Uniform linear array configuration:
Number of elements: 24
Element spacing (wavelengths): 0.75
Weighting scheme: binomial
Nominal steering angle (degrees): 30
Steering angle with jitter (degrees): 30.727
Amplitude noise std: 0.05
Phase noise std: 0.05

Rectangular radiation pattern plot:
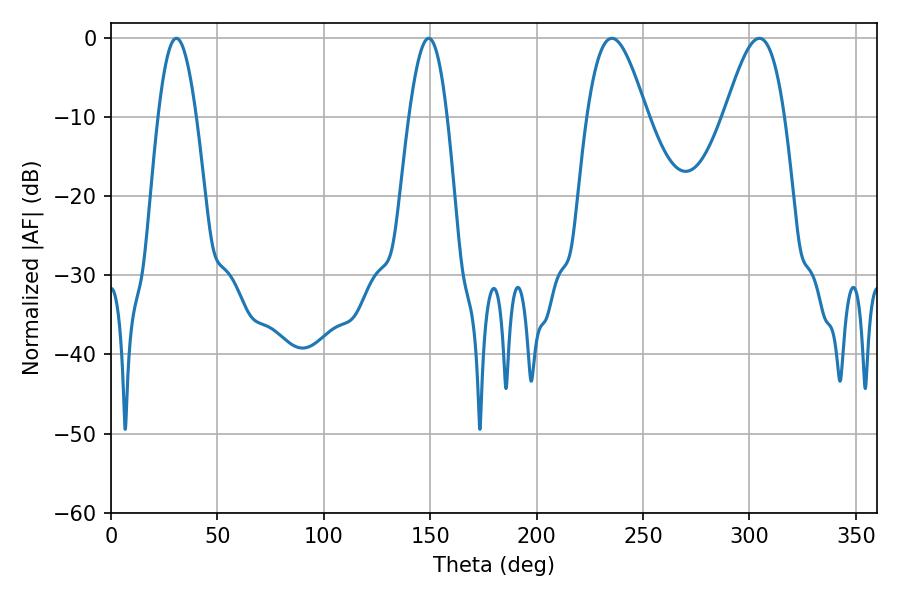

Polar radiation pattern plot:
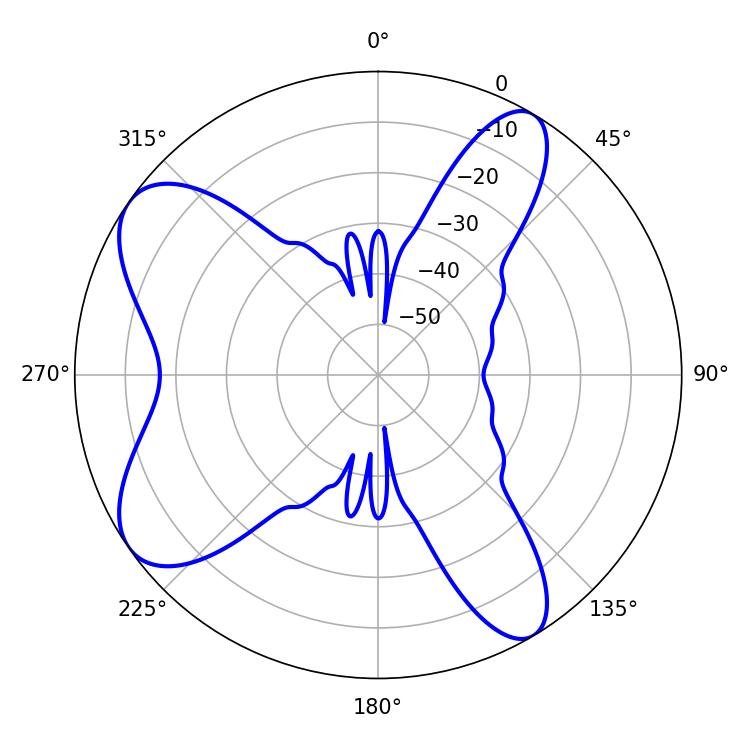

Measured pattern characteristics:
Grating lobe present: TRUE
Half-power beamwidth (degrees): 15.12
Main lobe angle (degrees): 235.26